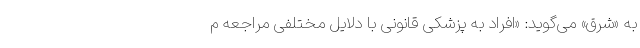
به «شرق» می‌گوید: «افراد به پزشکی قانونی با دلایل مختلفی مراجعه م